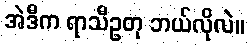
အဲဒီက ရာသီဥတု ဘယ်လိုလဲ။